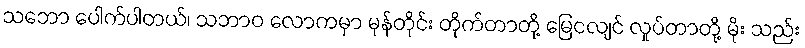
သဘော ပေါက်ပါတယ်၊ သဘာဝ လောကမှာ မုန်တိုင်း တိုက်တာတို့ မြေငလျင် လှုပ်တာတို့ မိုး သည်း